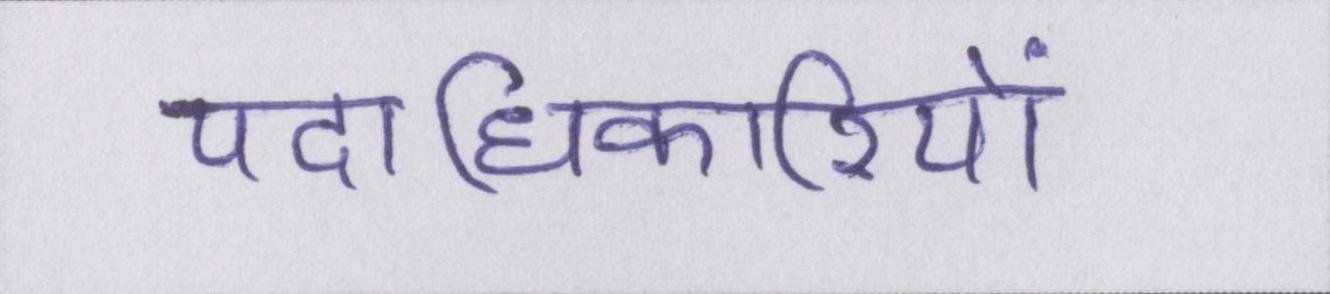
पदाधिकारियों